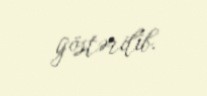
göstərilib.